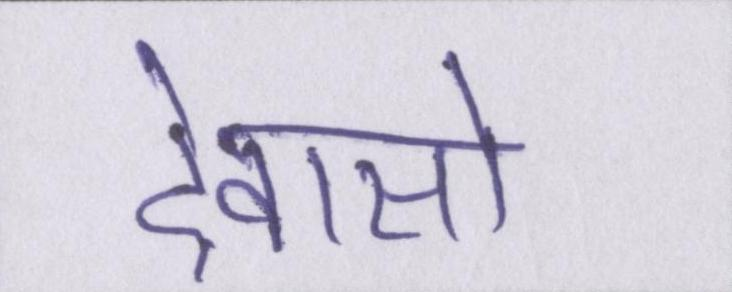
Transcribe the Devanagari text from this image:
देवासो